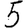
Digit: 5